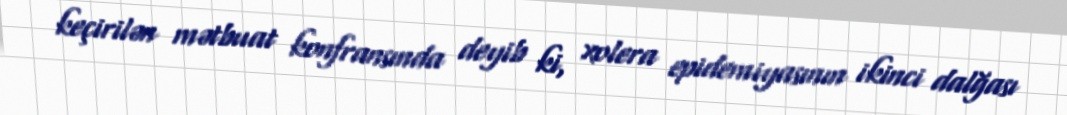
keçirilən mətbuat konfransında deyib ki, xolera epidemiyasının ikinci dalğası